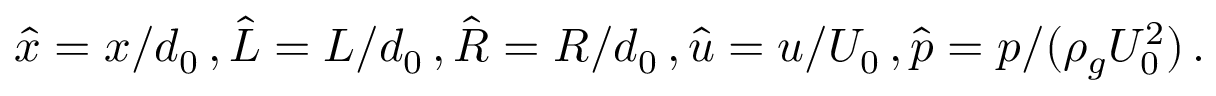
\hat { x } = x / d _ { 0 } \, , \hat { L } = L / d _ { 0 } \, , \hat { R } = R / d _ { 0 } \, , \hat { u } = u / U _ { 0 } \, , \hat { p } = p / ( \rho _ { g } U _ { 0 } ^ { 2 } ) \, .